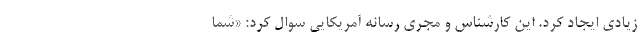
زیادی ایجاد کرد. این کارشناس و مجری رسانه آمریکایی سوال کرد: «شما